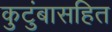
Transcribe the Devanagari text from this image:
कुटुंबासहित